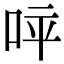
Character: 𠱪